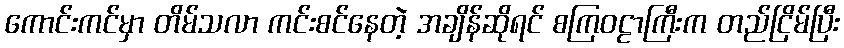
ကောင်းကင်မှာ တိမ်သလာ ကင်းစင်နေတဲ့ အချိန်ဆိုရင် စကြဝဠာကြီးက တည်ငြိမ်ပြီး